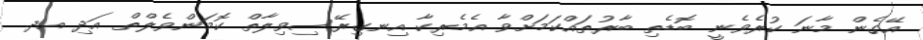
އޭގެން މާނަ ކުރެވެނީ ބޮޑެތި ބާރުތައްކަމަށްވާ އެމެރިކާ އިނގިރޭސިވިލާތް ކޮމަންވެލްތް އަދި އދ.